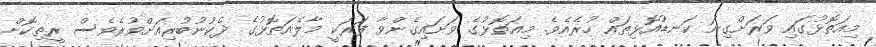
މިއަތޮޅުގައި ވަރަށްގިނަ ކަނޑުއޮޅިތައް ހުރެއެވެ. މިއަތޮޅުގެ ވަށައިގެންވާ ފަރަކީ މާލެއަތޮޅުގެ ދެކުނުބުރިއަށްވުރެވެސް ރީތިކޮށް